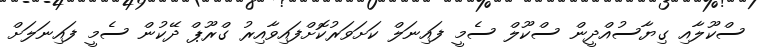
ސްކޫލާއި ގިޔާސުއްދީން ސްކޫލް ސެމީ ފައިނަލް ކަށަވަރުކޮށްފައިވާއިރު ގްރޫޕް ދޭކުން ސެމީ ފައިނަލަށް